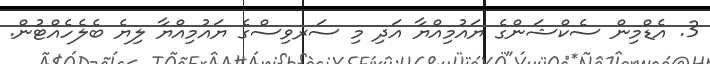
3. އެޑްމިން ސެކްޝަންގެ ޔައުމިއްޔާ އަދި މި ސަރވިސްގެ ޔައުމިއްޔާ ލިޔެ ބެލެހެއްޓުން.